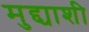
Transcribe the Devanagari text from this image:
मुद्द्याशी